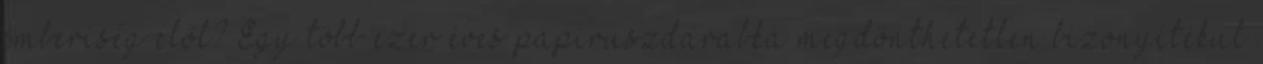
emberiség elől? Egy több ezer éves papiruszdarabka megdönthetetlen bizonyítékul